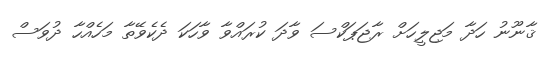
ޤާނޫނު ހަދާ މަޖިލީހަށް ރާޖަޕަކްސަ ވާދަ ކުރައްވާ ވާހަކަ ދެކެވޭތާ މަހެއްހާ ދުވަސް